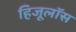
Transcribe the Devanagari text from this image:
हिजूलॉस